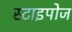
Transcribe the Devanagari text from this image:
स्टाइपोज